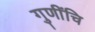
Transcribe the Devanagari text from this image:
गुणींचि